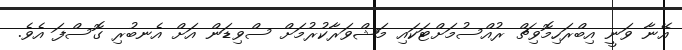
އޭނާ ވަނީ އިބްރަހިމޮވިޗް ރުއްސުމަށްޓަކައި މަޝްވަރާކުރުމަށް ސްވިޑަން އަށް އެނބުރި ގޮސްފަ އެވެ.